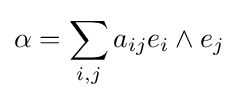
\alpha =\sum _{i,j}a_{ij}e_{i}\wedge e_{j}